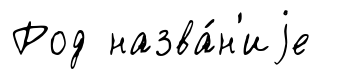
Род назва́н'иjе